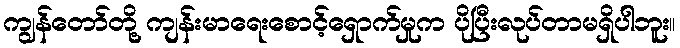
ကျွန်တော်တို့ ကျန်းမာရေးစောင့်ရှောက်မှုက ပိုပြီးလုပ်တာမရှိပါဘူး။